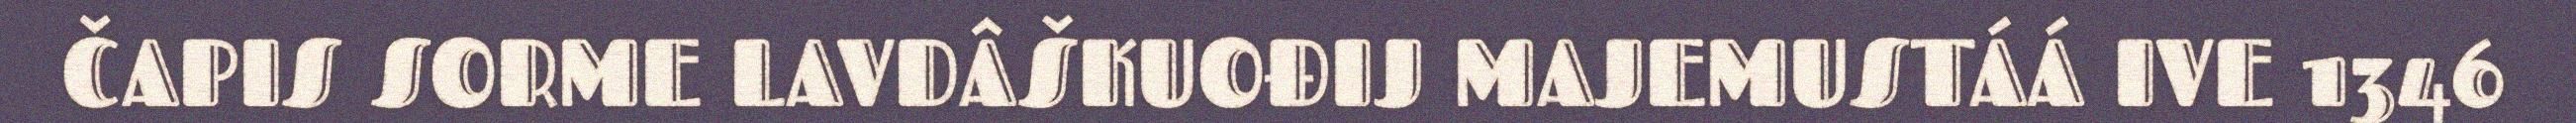
ČAPIS SORME LAVDÂŠKUOĐIJ MAJEMUSTÁÁ IVE 1346